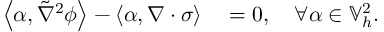
\begin{array} { r l } { \left\langle \alpha , \tilde { \nabla } ^ { 2 } \phi \right\rangle - \left\langle \alpha , \nabla \cdot \sigma \right\rangle } & { { } = 0 , \quad \forall \alpha \in \mathbb { V } _ { h } ^ { 2 } . } \end{array}